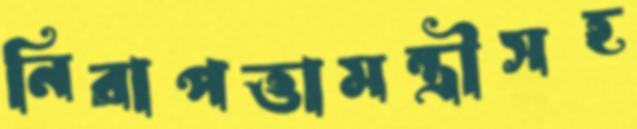
নিরাপত্তামন্ত্রীসহ